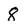
Character: 8